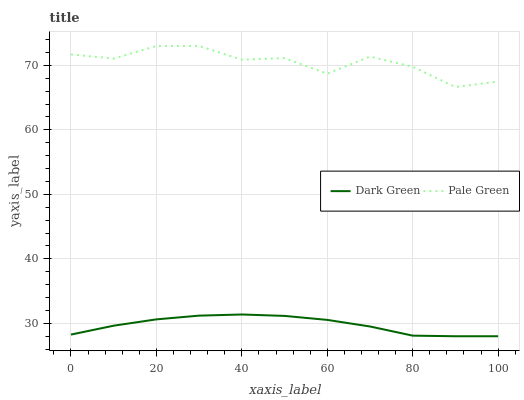
| xaxis_label | Dark Green | Pale Green |
 | --- | --- | --- |
 | 0 | 28.3 | 71.7 |
 | 10 | 29.6 | 71.1 |
 | 20 | 30.6 | 73 |
 | 30 | 31.2 | 73 |
 | 40 | 31.4 | 70.9 |
 | 50 | 31.2 | 71.1 |
 | 60 | 30.5 | 68.7 |
 | 70 | 29.5 | 71.4 |
 | 80 | 28.1 | 69.8 |
 | 90 | 28 | 66.6 |
 | 100 | 28 | 67.5 |